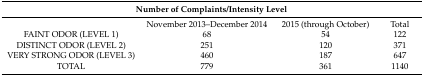
<table><thead><tr><td colspan="4"><b>Number of Complaints/Intensity Level</b></td></tr></thead><tbody><tr><td></td><td>November 2013–December 2014</td><td>2015 (through October)</td><td>Total</td></tr><tr><td>FAINT ODOR (LEVEL 1)</td><td>68</td><td>54</td><td>122</td></tr><tr><td>DISTINCT ODOR (LEVEL 2)</td><td>251</td><td>120</td><td>371</td></tr><tr><td>VERY STRONG ODOR (LEVEL 3)</td><td>460</td><td>187</td><td>647</td></tr><tr><td>TOTAL</td><td>779</td><td>361</td><td>1140</td></tr></tbody></table>